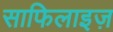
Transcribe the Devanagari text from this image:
साफिलाइज़